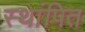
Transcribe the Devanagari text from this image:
स्थांपित